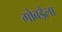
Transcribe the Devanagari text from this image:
गोबड़ैला